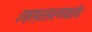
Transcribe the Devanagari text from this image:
रक्तप्रसारणावरोध